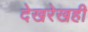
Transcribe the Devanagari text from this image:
देखरेखही